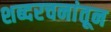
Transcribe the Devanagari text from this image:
शब्दरचनांतून